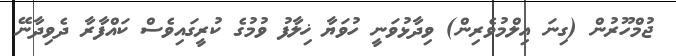
ޖުމްހޫރުން (ގިނަ ޢިލްމުވެރިން) ވިދާޅުވަނީ ހުވަޔާ ޚިލާފު ވުމުގެ ކުރީގައިވެސް ކައްފާރާ ދެވިދާނޭ